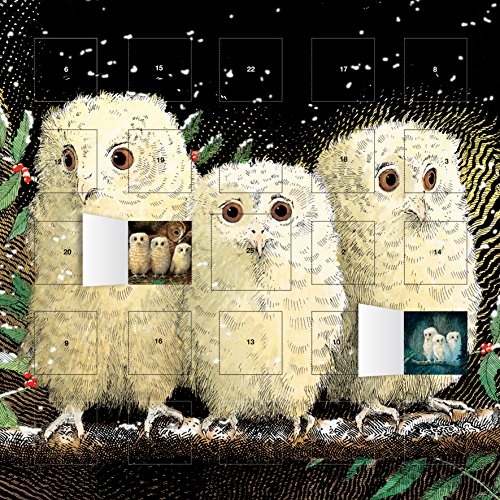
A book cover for Owl Babies Advent Calendar (with Stickers); Calendars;